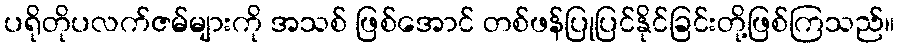
ပရိုတိုပလက်ဇမ်များကို အသစ် ဖြစ်အောင် တစ်ဖန်ပြုပြင်နိုင်ခြင်းတို့ဖြစ်ကြသည်။